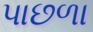
પાછળા